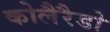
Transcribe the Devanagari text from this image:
कोलैरैडो